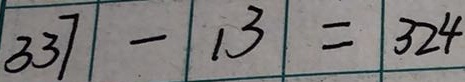
3 3 7 - 1 3 = 3 2 4